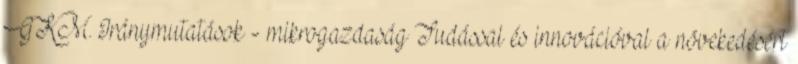
GKM. Iránymutatások - mikrogazdaság Tudással és innovációval a növekedésért